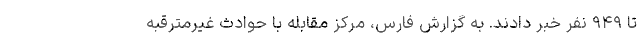
تا ۹۴۹ نفر خبر دادند. به گزارش فارس، مرکز مقابله با حوادث غیرمترقبه